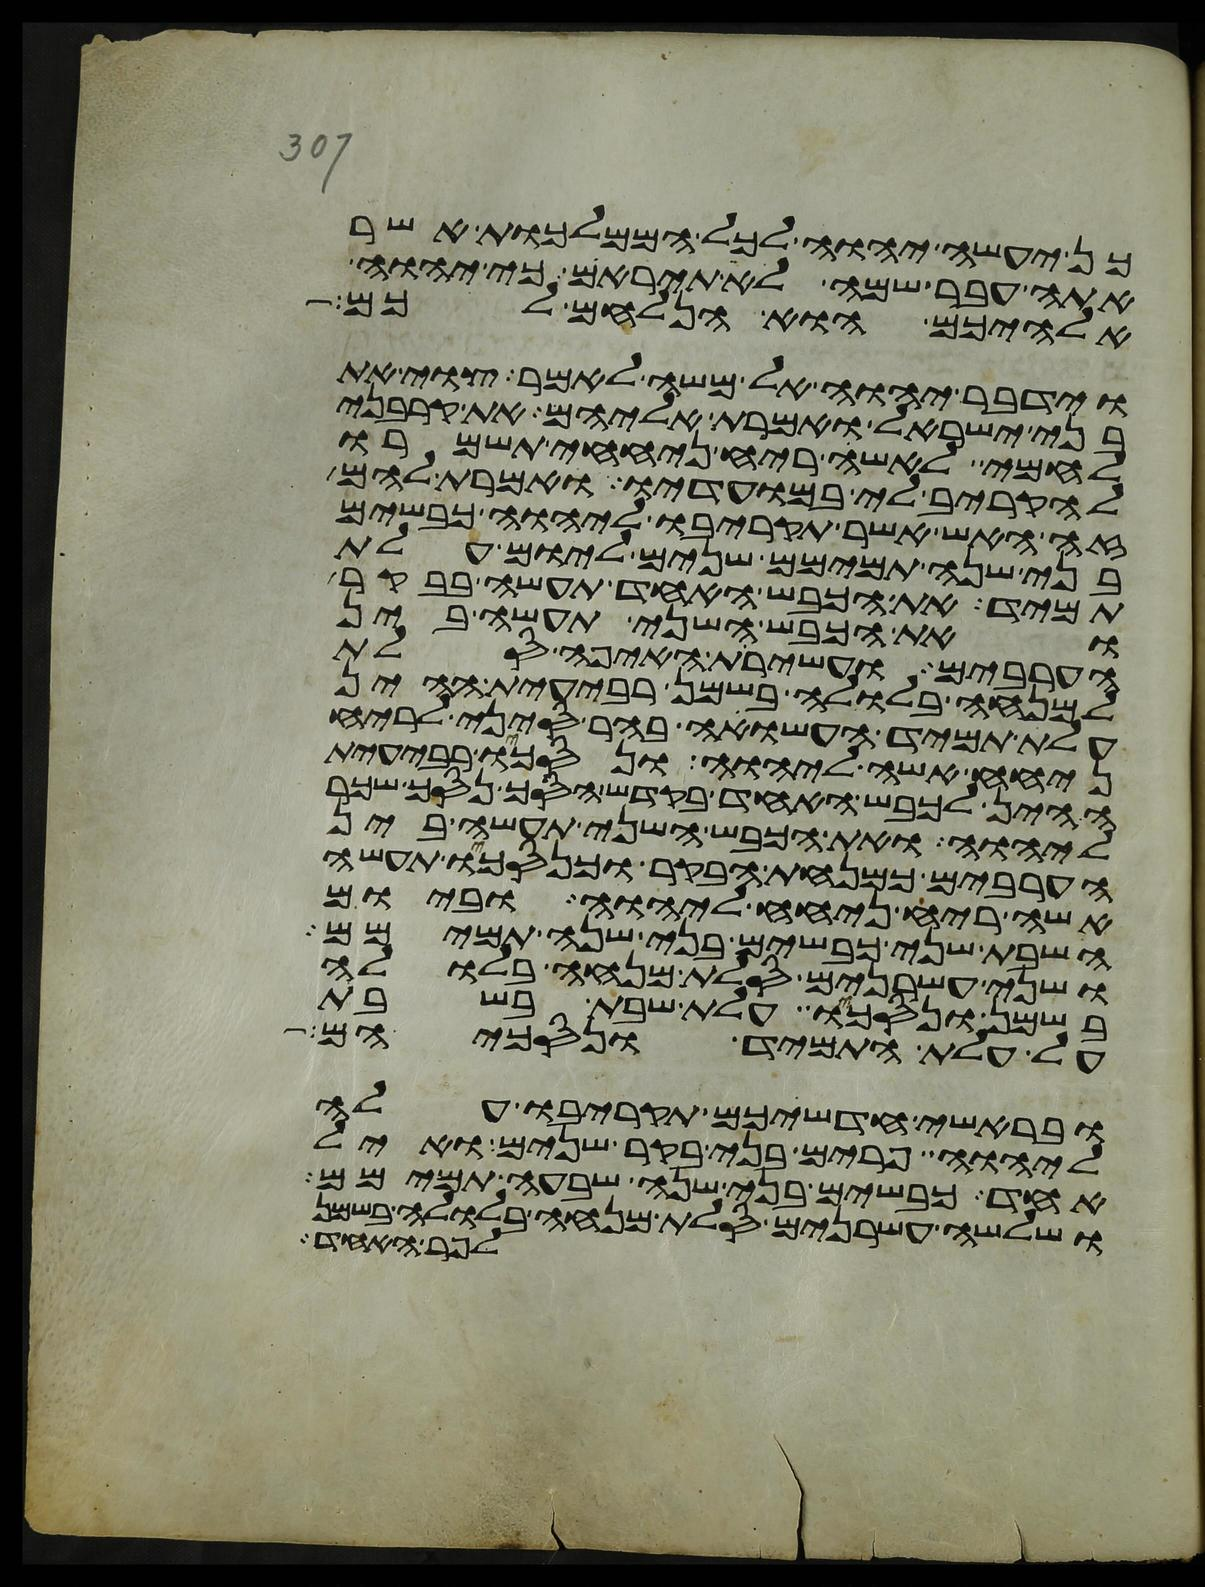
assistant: כן יעשה יהוה לכל הממלכות אשר
אתה עבר שמה לא תיראם כי יהוה
אלהיכם הוא הנלחם לכם
וידבר יהוה אל משה לאמר צוי את
בני ישראל ואמרת אליהם את קרבני
לחמי לאשי ריח ניחחי תשמרו
להקריב לי במועדיו ואמרת להם
זה האש אשר תקריבו ליהוה כבשים
בני שנה תמימם שנים ליום עלת
תמיד את הכבש האחד תעשה בבקר
ואת הכבש השני תעשה בין
הערבים ועשירת האיפה סלת
למנחה בלולה בשמן רבעית ההין
עלת תמיד העשויה בהר סיני לריח
ניחח אשה ליהוה ונסכו רבעית
ההין לכבש האחד בקדש הסך נסך שכר
ליהוה ואת הכבש השני תעשה בין
הערבים כמנחת הבקר וכנסכו תעשה
אשה ריח ניחח ליהוה וביום
השבת שני כבשים בני שנה תמימם
ושני עשרנים סלת מנחה בלולה
בשמן ונסכו עלת שבת בשבת
על עלת התמיד ונסכיהם
ובראשי חדשיכם תקריבו עלה
ליהוה פרים בני בקר שנים ואיל
אחד כבשים בני שנה שבעה תמימם
ושלשה עשרנים סלת מנחה בלולה בשמן
לפר האחד